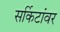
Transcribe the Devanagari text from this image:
सर्किटांवर